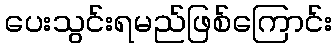
ပေးသွင်းရမည်ဖြစ်ကြောင်း